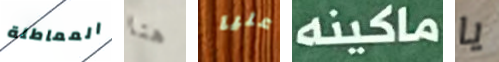
المماطلة هنا عليا ماكينه يا